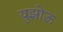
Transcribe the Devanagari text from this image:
युझोऊ